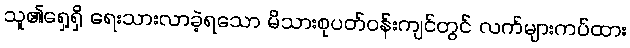
သူ၏ရှေ့ရှိ ရေးသားလာခဲ့ရသော မိသားစုပတ်ဝန်းကျင်တွင် လက်များကပ်ထား